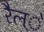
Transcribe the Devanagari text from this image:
रैल्े